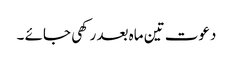
دعوت تین ماہ بعد رکھی جائے ۔